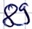
Text: 89